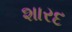
શારદ